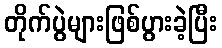
တိုက်ပွဲများဖြစ်ပွားခဲ့ပြီး